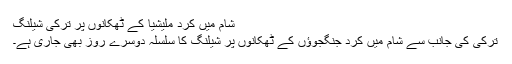
شام میں کرد ملیشیا کے ٹھکانوں پر ترکی شیلنگ
ترکی کی جانب سے شام میں کرد جنگجوؤں کے ٹھکانوں پر شیلنگ کا سلسلہ دوسرے روز بھی جاری ہے۔